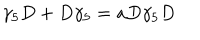
\gamma _ { 5 } D + D \gamma _ { 5 } = a D \gamma _ { 5 } D